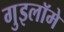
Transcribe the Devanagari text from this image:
गुइलॉमे